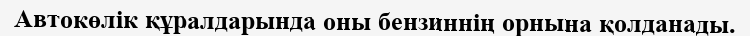
Автокөлік құралдарында оны бензиннің орнына қолданады.